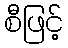
စီဖြင့်